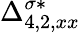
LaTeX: {\Delta}_{4,2,xx}^{\sigma*}